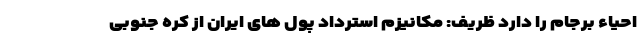
احیاء برجام را دارد ظریف: مکانیزم استرداد پول ‌های ایران از کره‌ جنوبی